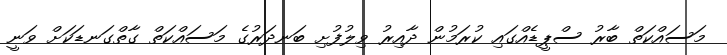
މަސައްކަތް ބާރު ސްޕީޑެއްގައި ކުރަމުން ދާއިރު ވިލުފުށި ބަނދަރުގެ މަސައްކަތް ގާތްގަނޑަކަށް ވަނީ